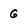
Character: G